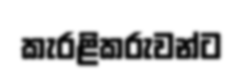
කැරළිකරුවන්ට